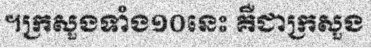
។ក្រសួងទាំង១០នេះ គឺជាក្រសួង